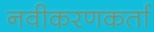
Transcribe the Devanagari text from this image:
नवीकरणकर्ता